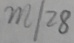
m / 2 8